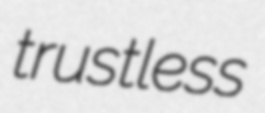
trustless